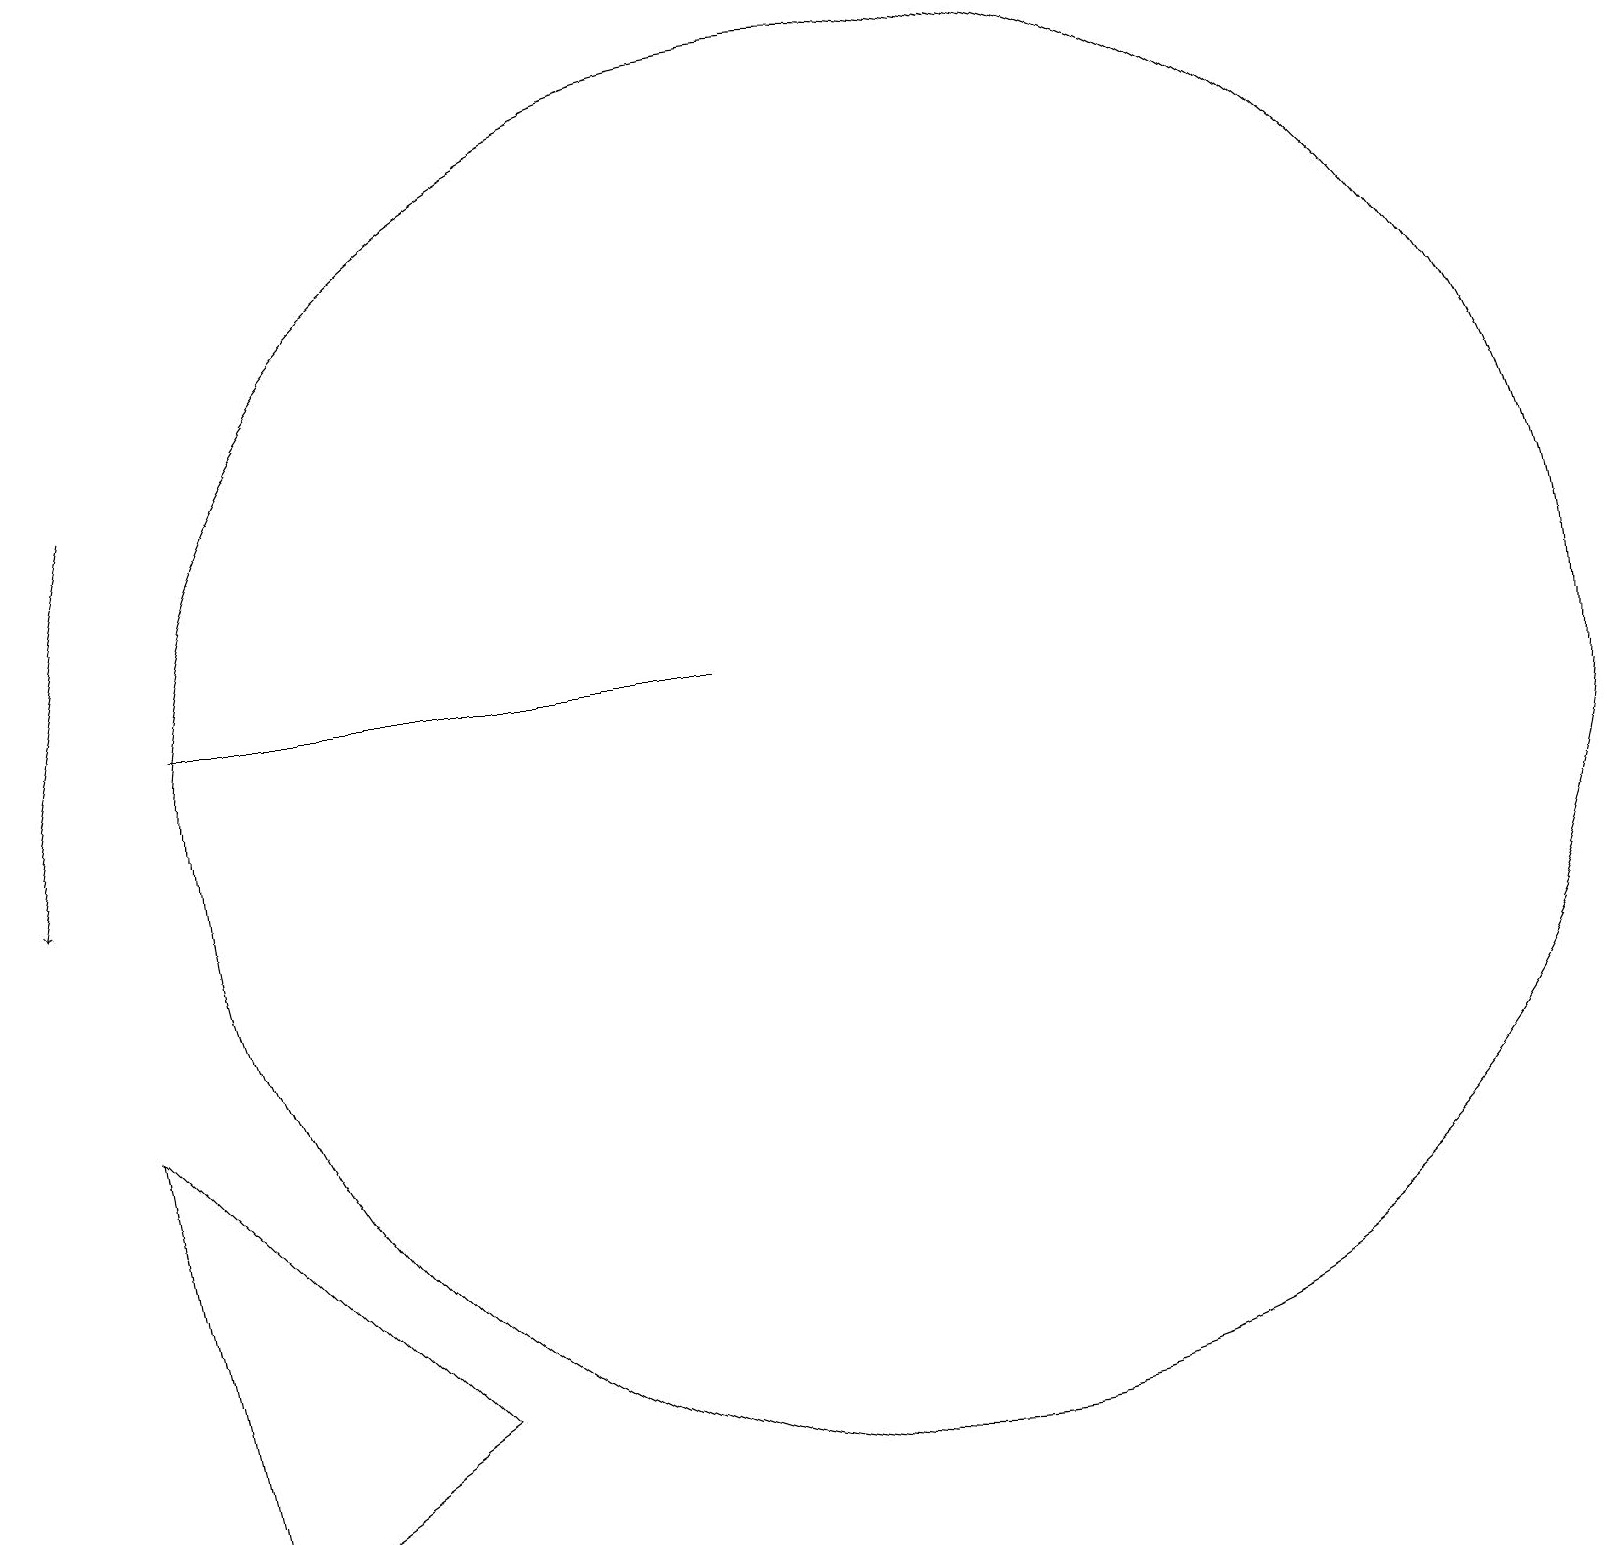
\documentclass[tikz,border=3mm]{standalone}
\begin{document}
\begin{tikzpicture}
\draw (2,1) -- (1,7) -- (5,3) -- cycle;
\draw[->] (1,15) -- (0,10);
\draw (9,12) rectangle (2,12);
\draw (11,11) circle (9);
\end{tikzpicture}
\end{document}